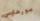
مورهاوس